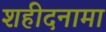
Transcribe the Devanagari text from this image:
शहीदनामा